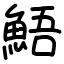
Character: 鯃